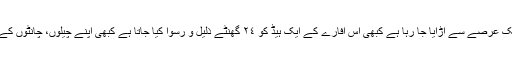
یہ موءقف پاکستان کے ان اداروں کا ہے جن کا مذاق ایک عرصے سے اڑایا جا رہا ہے کبھی اس افارے کے ایک ہیڈ کو ٢٤ گھنٹے ذلیل و رسوا کیا جاتا ہے کبھی اپنے چیلوں، چانٹوں کے ذریعے اسمبلی کے فلور پر پگڑی اچھلوائی جاتی ہے۔